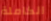
الكاملة